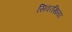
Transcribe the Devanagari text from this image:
सिवरखिया